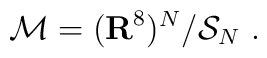
{\cal M}=({\bf R}^{8})^N/{\cal S}_N\ .